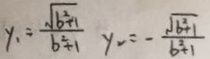
y _ { 1 } = \frac { \sqrt { b ^ { 2 + 1 } } } { b ^ { 2 } + 1 } y _ { 2 } = - \frac { \sqrt { b ^ { 2 } + 1 } } { b ^ { 2 } + 1 }